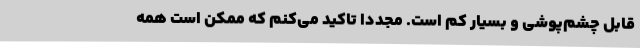
قابل چشم‌پوشی و بسیار کم است. مجددا تاکید می‌کنم که ممکن است همه